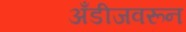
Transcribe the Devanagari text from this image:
अँडीजवरून